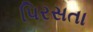
પિરસતા